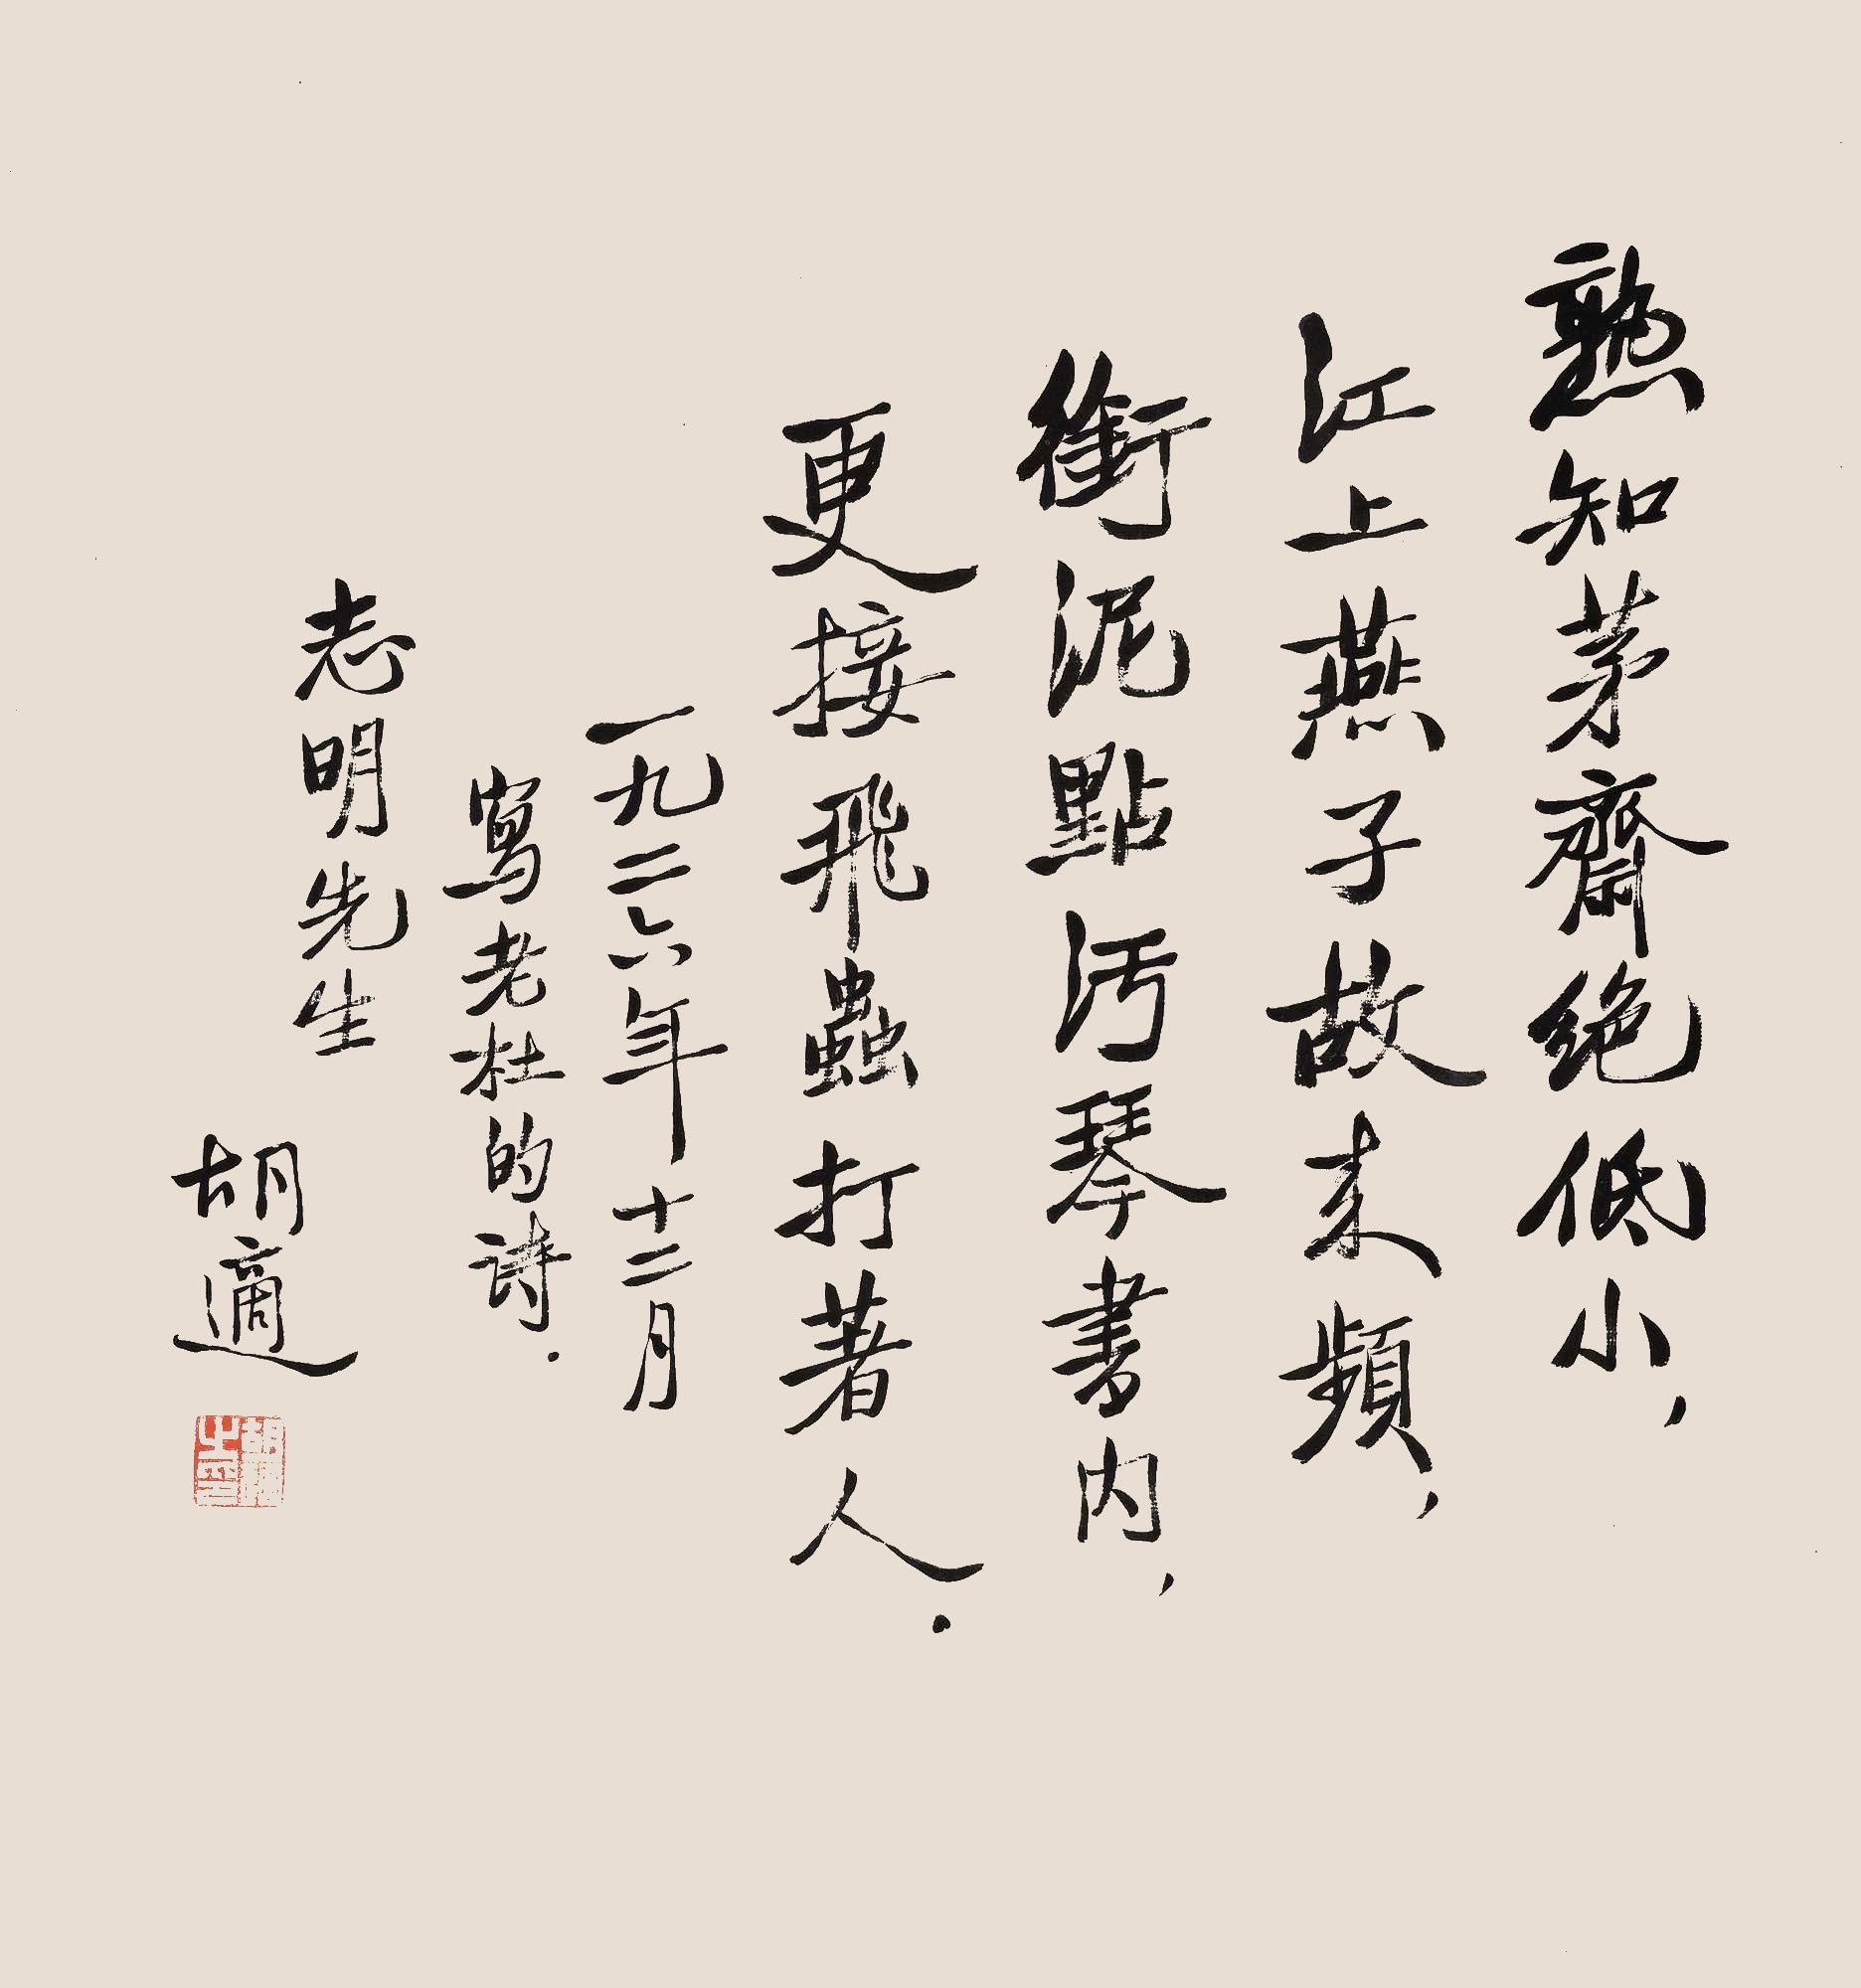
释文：熟知茅斋绝低小，江上燕子故来频。衔泥点污琴书内，更接飞虫打着人。一九二六年十二月写老杜的诗，志明先生，胡适。